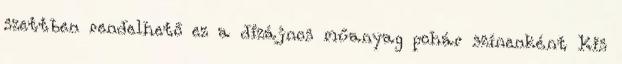
szettben rendelhető ez a dizájnos műanyag pohár színenként Kis